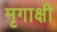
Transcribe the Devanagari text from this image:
मृगाक्षी